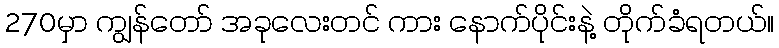
270မှာ ကျွန်တော် အခုလေးတင် ကား နောက်ပိုင်းနဲ့ တိုက်ခံရတယ်။